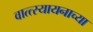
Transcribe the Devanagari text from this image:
वात्त्स्यायनाच्या